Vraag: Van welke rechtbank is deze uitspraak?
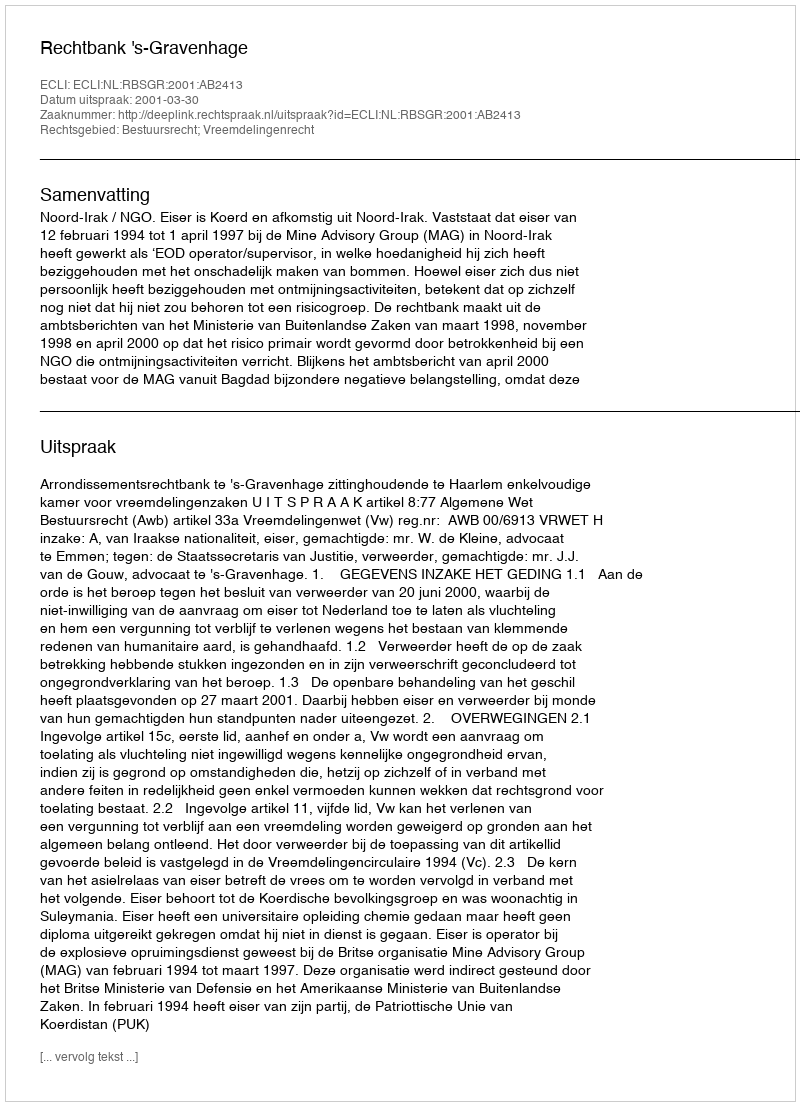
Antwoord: Rechtbank 's-Gravenhage